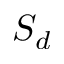
S _ { d }